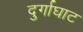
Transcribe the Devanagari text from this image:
दुर्गाघाट